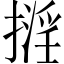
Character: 𢴏